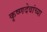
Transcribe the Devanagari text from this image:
कृष्णदेवांच्या